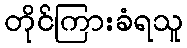
တိုင်ကြားခံရသူ